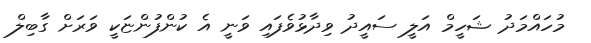
މުހައްމަދު ޝަހީމް އަލީ ސައީދު ވިދާޅުވެފައި ވަނީ އެ ކުންފުންޏަކީ ވަރަށް ގާބިލް